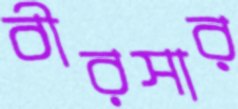
বীরসার